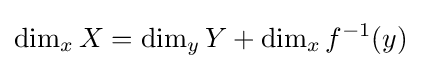
\dim _{x}X=\dim _{y}Y+\dim _{x}f^{-1}(y)